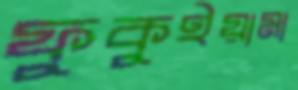
ফুকুইয়ামা